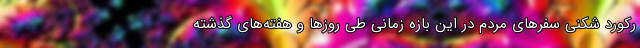
رکورد شکنی سفرهای مردم در این بازه زمانی طی روزها و هفته‌های گذشته